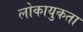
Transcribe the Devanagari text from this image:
लोकायुकता